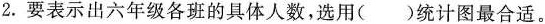
2.要表示出六年级各班的具体人数，选用()统计图最合适。